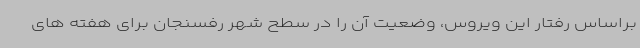
براساس رفتار این ویروس، وضعیت آن را در سطح شهر رفسنجان برای هفته های